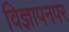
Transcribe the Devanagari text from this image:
विज्ञापनपर